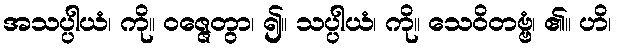
အသပ္ပါယံ၊ ကို။ ဝဇ္ဇေတွာ၊ ၍။ သပ္ပါယံ၊ ကို။ သေဝိတဗ္ဗံ၊ ၏။ ဟိ၊